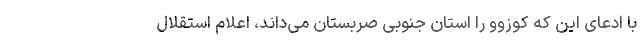
با ادعای این که کوزوو را استان جنوبی صربستان می‌داند، اعلام استقلال